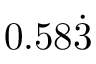
0 . 5 8 { \dot { 3 } }